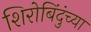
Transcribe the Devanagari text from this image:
शिरोबिंदुंच्या